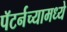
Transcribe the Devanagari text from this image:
पॅटर्नच्यामध्ये